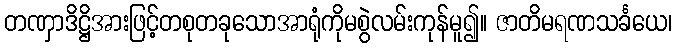
တဏှာဒိဋ္ဌိအားဖြင့်တစုတခုသောအာရုံကိုမစွဲလမ်းကုန်မူ၍။ ဇာတိမရဏသင်္ခယေ၊